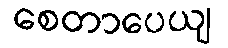
စေတာပေယျ